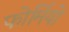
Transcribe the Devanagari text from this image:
फोर्मियो